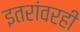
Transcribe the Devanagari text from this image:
इतरांवरही